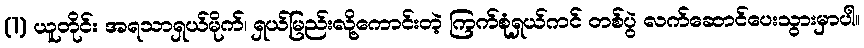
(1) ယူတိုင်း အရသာရှယ်မိုက်၊ ရှယ်မြည်းလို့ကောင်းတဲ့ ကြက်စုံရှယ်ကင် တစ်ပွဲ လက်ဆောင်ပေးသွားမှာပါ။